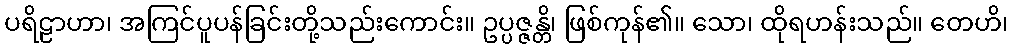
ပရိဠာဟာ၊ အကြင်ပူပန်ခြင်းတို့သည်းကောင်း။ ဥပ္ပဇ္ဇန္တိ၊ ဖြစ်ကုန်၏။ သော၊ ထိုရဟန်းသည်။ တေဟိ၊